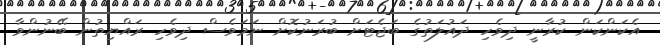
އެކަންކަން ކުރާނީ ދިވެހި ދައުލަތުގެ ބަޖެޓަށް ބުރަނުކޮށް ނަމަވެސް ދިވެހި ރައްޔިތުން ބޭނުންވާ